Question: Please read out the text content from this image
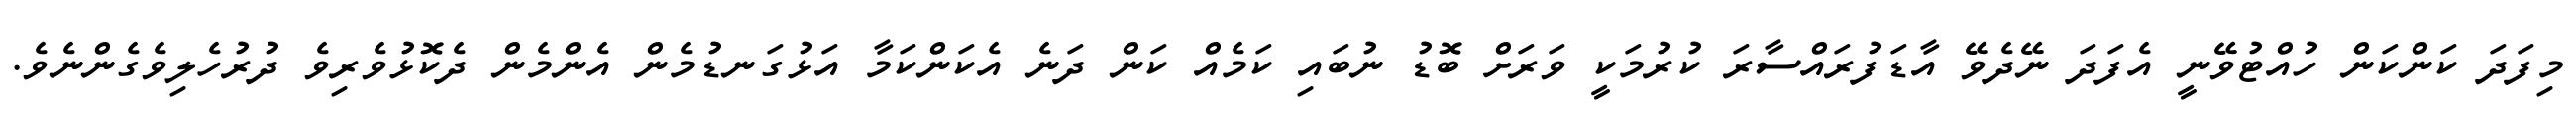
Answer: މިފަދަ ކަންކަން ހުއްޓުވޭނީ އެފަދަ ނޭދެވޭ އާޑަފުރައްސާރަ ކުރުމަކީ ވަރަށް ބޮޑު ނުބައި ކަމެއް ކަން ދަނެ އެކަންކަމާ އަޅުގަނޑުމެން އެންމެން ދެކޮޅުވެރިވެ ދުރުހެލިވެގެންނެވެ.